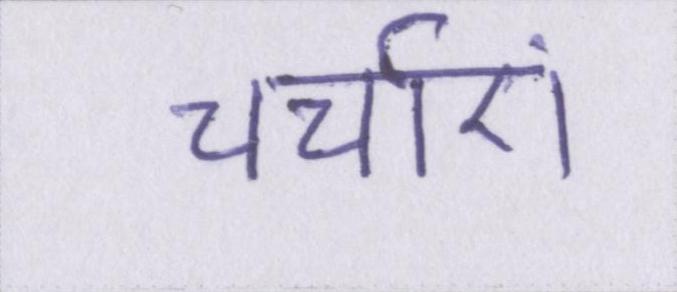
चर्चाएं